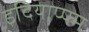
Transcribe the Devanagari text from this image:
इदियाप्पम